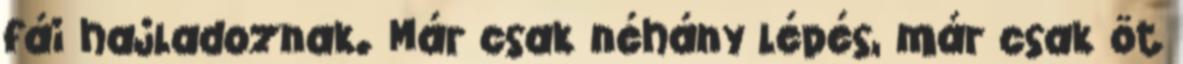
fái hajladoznak. Már csak néhány lépés, már csak öt